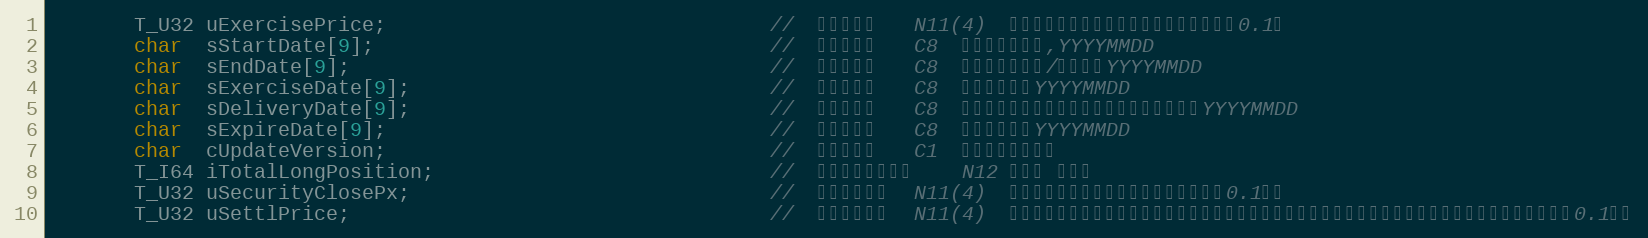
Language: C
	   T_U32 uExercisePrice;	                            //  期权行权价	N11(4)	经过除权除息调整后的期权行权价，精确到0.1厘
	   char  sStartDate[9];                                 //	首个交易日	C8	期权首个交易日,YYYYMMDD
	   char  sEndDate[9];                                   //	最后交易日	C8	期权最后交易日/行权日，YYYYMMDD
	   char  sExerciseDate[9];                              //	期权行权日	C8	期权行权日，YYYYMMDD
	   char  sDeliveryDate[9];                              //	行权交割日	C8	行权交割日，默认为行权日的下一个交易日，YYYYMMDD
	   char  sExpireDate[9];	                            //  期权到期日	C8	期权到期日，YYYYMMDD
	   char  cUpdateVersion;	                            //  合约版本号	C1	期权合约的版本号
	   T_I64 iTotalLongPosition;                            //	当前合约未平仓数	N12	单位是 （张）
	   T_U32 uSecurityClosePx;                              //	合约前收盘价	N11(4)	昨日收盘价，右对齐，单位：元（精确到0.1厘）
	   T_U32 uSettlPrice;                                   //	合约前结算价	N11(4)	昨日结算价，如遇除权除息则为调整后的结算价（合约上市首日填写参考价），右对齐，单位：元（精确到0.1厘）